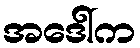
အဒေါ်က